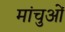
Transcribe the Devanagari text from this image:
मांचुओं